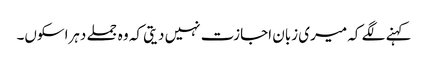
کہنے لگے کہ میری زبان اجازت نہیں دیتی کہ وہ جملے دہراسکوں۔